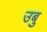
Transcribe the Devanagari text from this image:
उबु